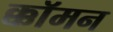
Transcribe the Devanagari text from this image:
क्कॉमन